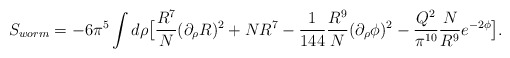
\begin{align*}S_{worm}= - 6 \pi^5 \int d\rho \big[ { R^7 \over N} (\partial_\rho R)^2 + N R^7-{1 \over 144}{R^9 \over N} (\partial_\rho \phi)^2 -{Q^2 \over \pi^{10}}{N \over R^9} e^{-2 \phi} \big].\end{align*}